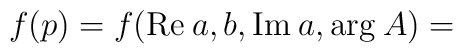
f(p)=f({\rm Re}\:a, b,{\rm Im}\:a,{\rm arg}\:A)=